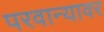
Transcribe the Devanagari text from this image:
परवान्यावर